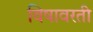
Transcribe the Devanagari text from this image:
विषावरती